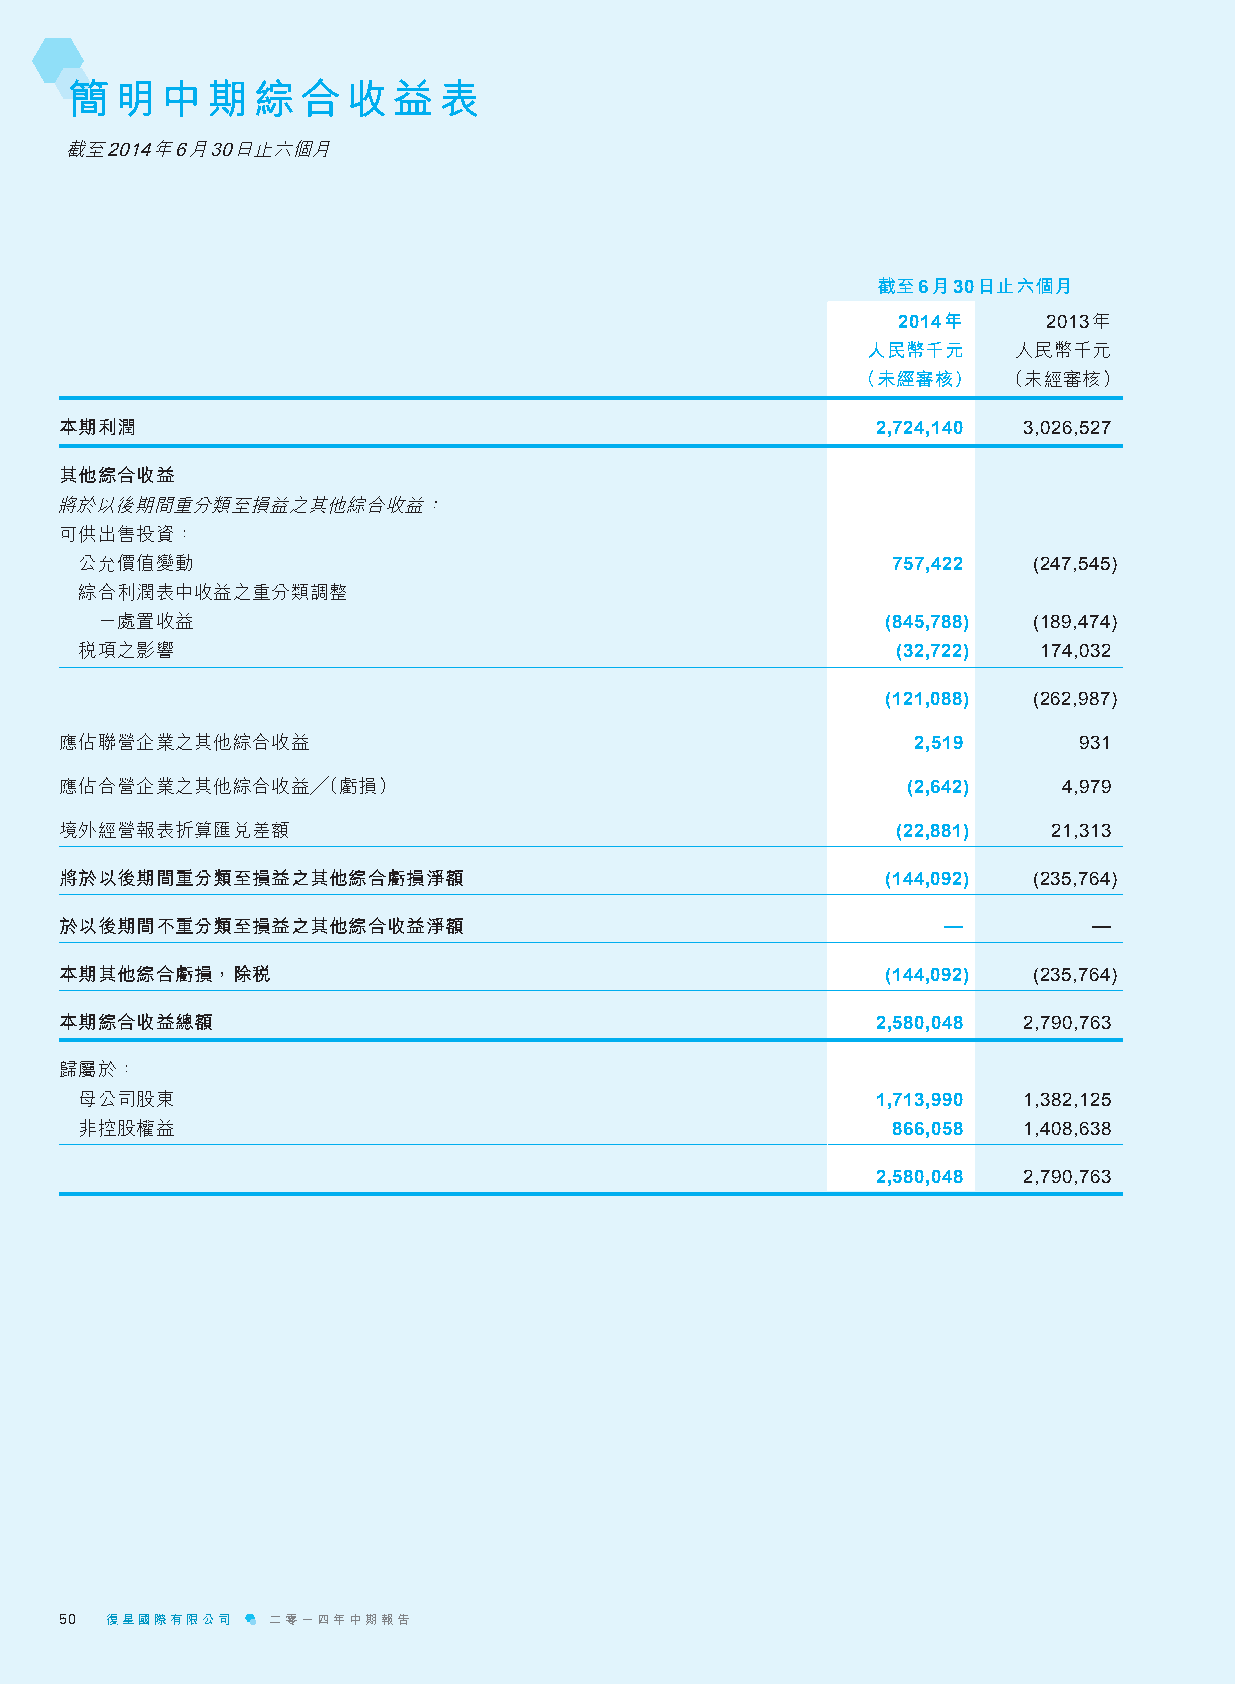
簡明中期綜合收益表
 截至2014年6月30日止六個月
 截至6月30日止六個月
 2014年     2013年
 人民幣千元     人民幣千元
 （未經審核）    （未經審核）
 本期利潤                                                  2,724,140 3,026,527
 其他綜合收益
 將於以後期間重分類至損益之其他綜合收益：
 可供出售投資：
 公允價值變動                                                757,422  (247,545)
 綜合利潤表中收益之重分類調整
 －處置收益                                                (845,788) (189,474)
 稅項之影響                                                 (32,722)  174,032
 (121,088) (262,987)
 應佔聯營企業之其他綜合收益                                           2,519      931
 應佔合營企業之其他綜合收益╱（虧損）                                      (2,642)   4,979
 境外經營報表折算匯兌差額                                           (22,881)   21,313
 將於以後期間重分類至損益之其他綜合虧損淨額                                  (144,092) (235,764)
 於以後期間不重分類至損益之其他綜合收益淨額                                     —         —
 本期其他綜合虧損，除稅                                            (144,092) (235,764)
 本期綜合收益總額                                              2,580,048 2,790,763
 歸屬於：
 母公司股東                                                1,713,990 1,382,125
 非控股權益                                                 866,058  1,408,638
 2,580,048 2,790,763
 50 復星國際有限公司   二零一四年中期報告